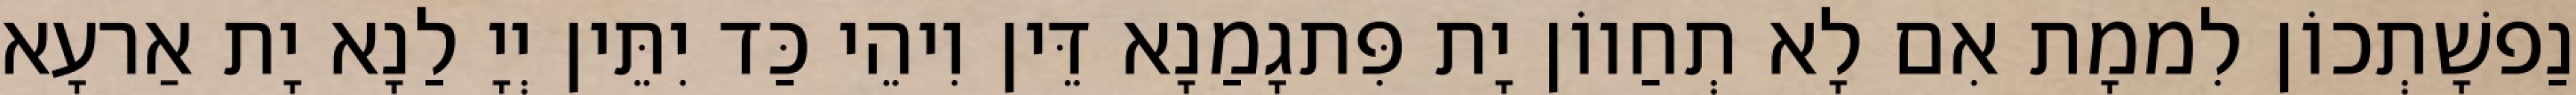
נַפשָׁתְכוֹן לִממָת אִם לָא תְחַווֹן יָת פִּתגָמַנָא דֵּין וִיהֵי כַּד יִתֵּין יְיָ לַנָא יָת אַרעָא